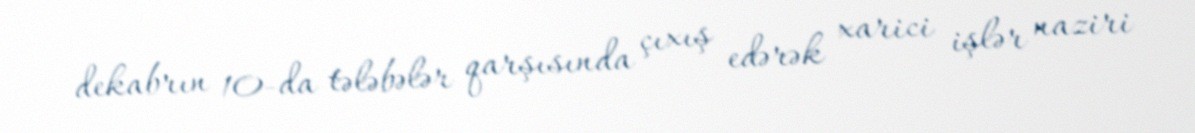
dekabrın 10-da tələbələr qarşısında çıxış edərək xarici işlər naziri